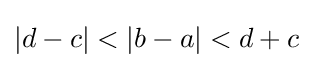
\displaystyle |d-c|<|b-a|<d+c